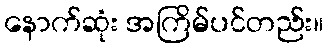
နောက်ဆုံး အကြိမ်ပင်တည်း။